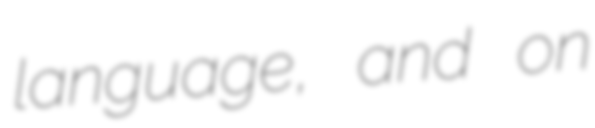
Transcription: language, and on